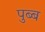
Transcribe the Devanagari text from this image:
पुब्ब